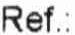
REF.: